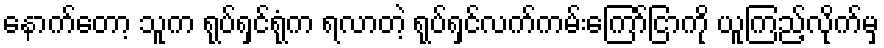
နောက်တော့ သူက ရုပ်ရှင်ရုံက ရလာတဲ့ ရုပ်ရှင်လက်ကမ်းကြော်ငြာကို ယူကြည့်လိုက်မှ